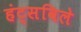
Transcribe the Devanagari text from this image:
हंट्सविले